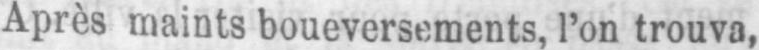
Après maints boueversements, l’on trouva,